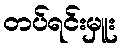
တပ်ရင်းမှူး